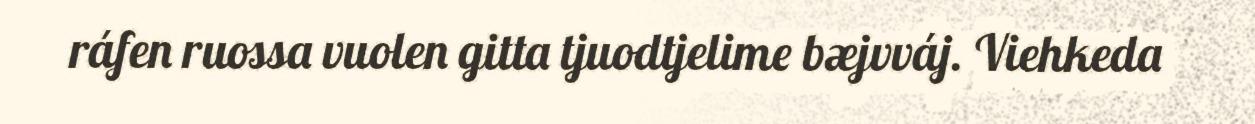
ráfen ruossa vuolen gitta tjuodtjelime bæjvváj. Viehkeda